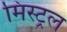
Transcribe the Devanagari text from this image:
मिस्ट्रल